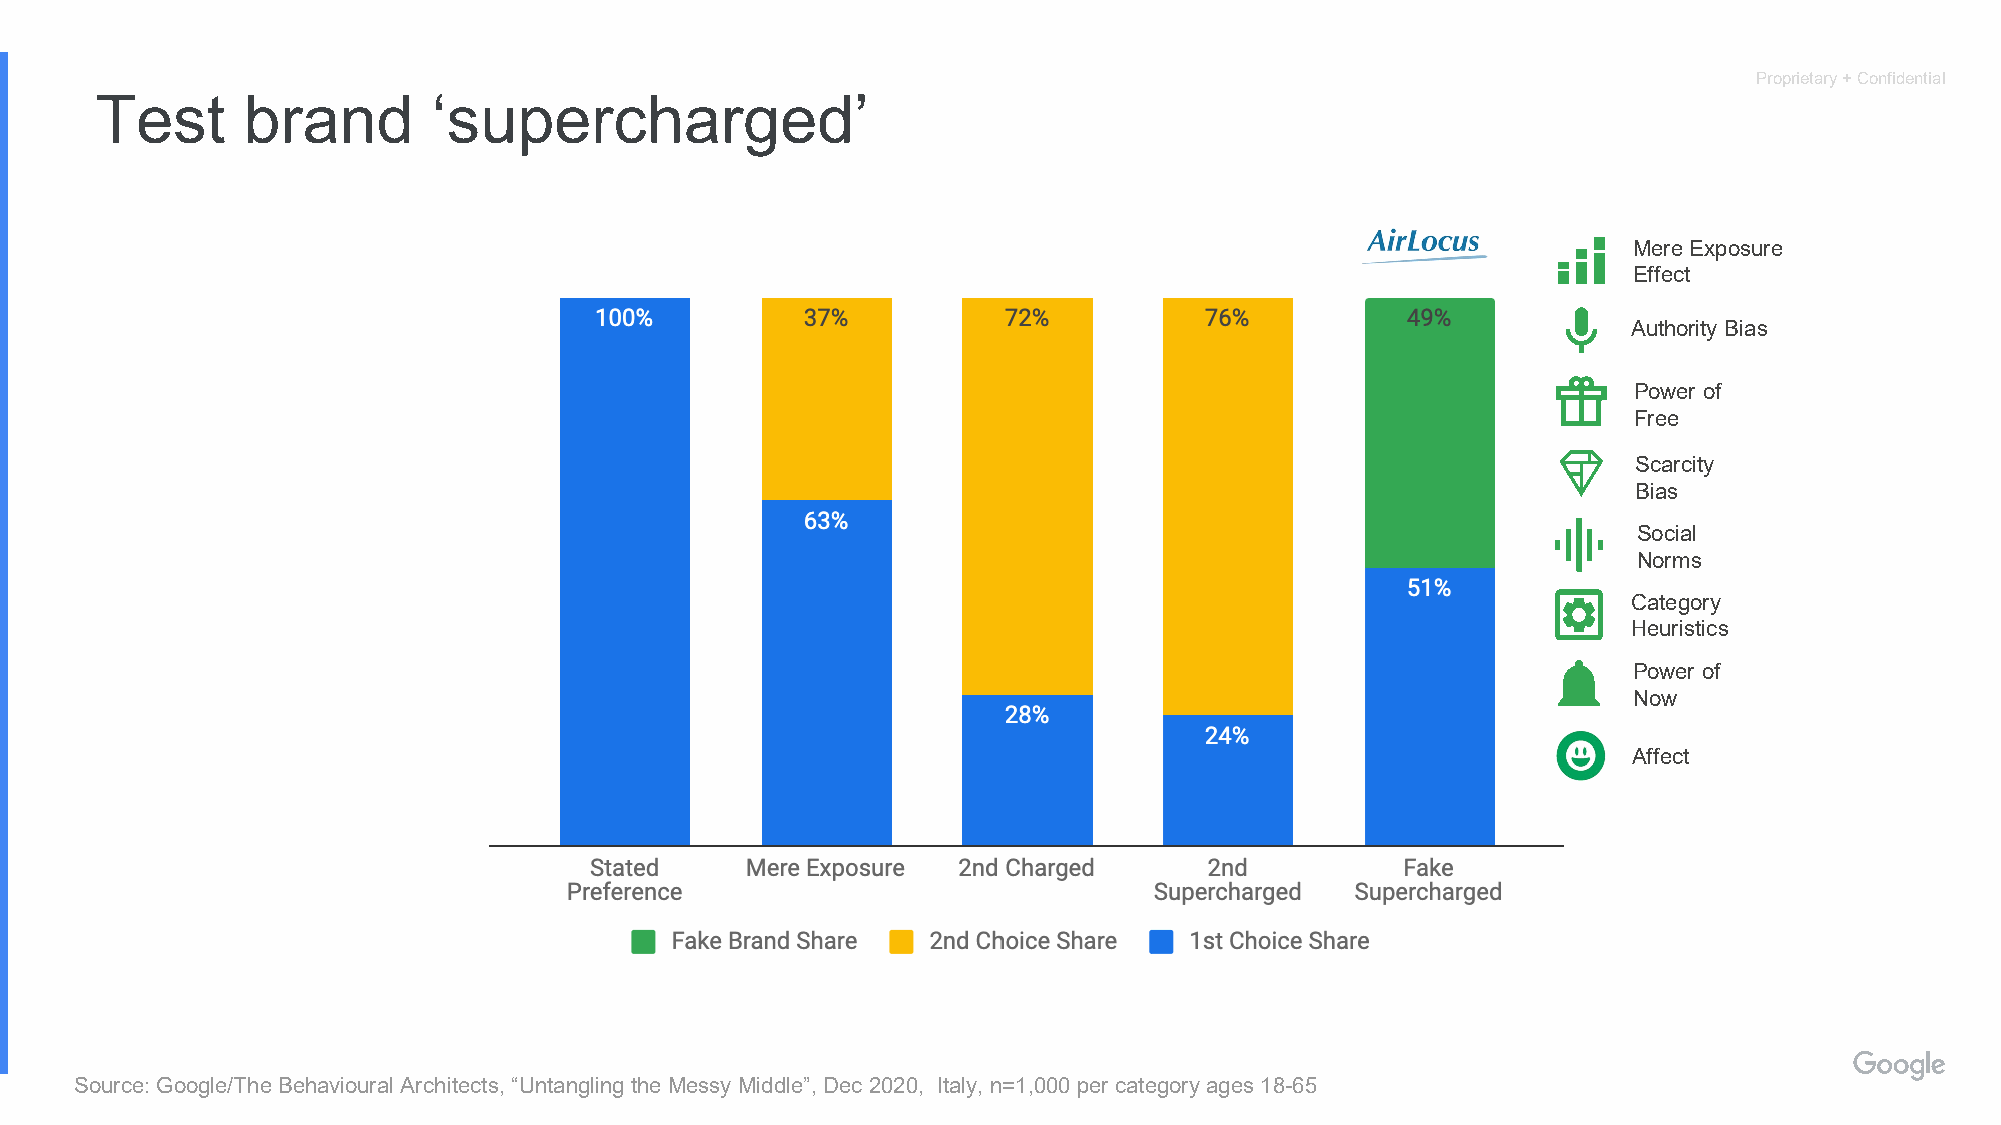
Proprietary + Confidential
 Test      brand        ‘supercharged’
 Mere Exposure
 Effect
 Authority Bias
 Power of
 Free
 Scarcity
 Bias
 Social
 Norms
 Category
 Heuristics
 Power of
 Now
 Affect
 Source: Google/The Behavioural Architects, “Untangling the Messy Middle”, Dec 2020, Italy, n=1,000 per category ages 18-65